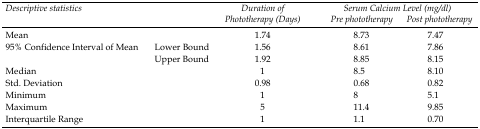
<table><thead><tr><td rowspan="2" colspan="2"><b>Descriptive statistics</b></td><td rowspan="2"><b>Duration of Phototherapy (Days)</b></td><td colspan="2"><b>Serum Calcium Level (mg/dl)</b></td></tr><tr><td><b>Pre phototherapy</b></td><td><b>Post phototherapy</b></td></tr></thead><tbody><tr><td colspan="2">Mean</td><td>1.74</td><td>8.73</td><td>7.47</td></tr><tr><td rowspan="2">95% Confidence Interval of Mean</td><td>Lower Bound</td><td>1.56</td><td>8.61</td><td>7.86</td></tr><tr><td>Upper Bound</td><td>1.92</td><td>8.85</td><td>8.15</td></tr><tr><td colspan="2">Median</td><td>1</td><td>8.5</td><td>8.10</td></tr><tr><td colspan="2">Std. Deviation</td><td>0.98</td><td>0.68</td><td>0.82</td></tr><tr><td colspan="2">Minimum</td><td>1</td><td>8</td><td>5.1</td></tr><tr><td colspan="2">Maximum</td><td>5</td><td>11.4</td><td>9.85</td></tr><tr><td colspan="2">Interquartile Range</td><td>1</td><td>1.1</td><td>0.70</td></tr></tbody></table>